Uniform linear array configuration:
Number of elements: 64
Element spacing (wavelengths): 0.25
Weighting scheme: kaiser
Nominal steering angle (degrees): -15
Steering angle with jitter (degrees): -14.25
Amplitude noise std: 0.05
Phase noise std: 0.05

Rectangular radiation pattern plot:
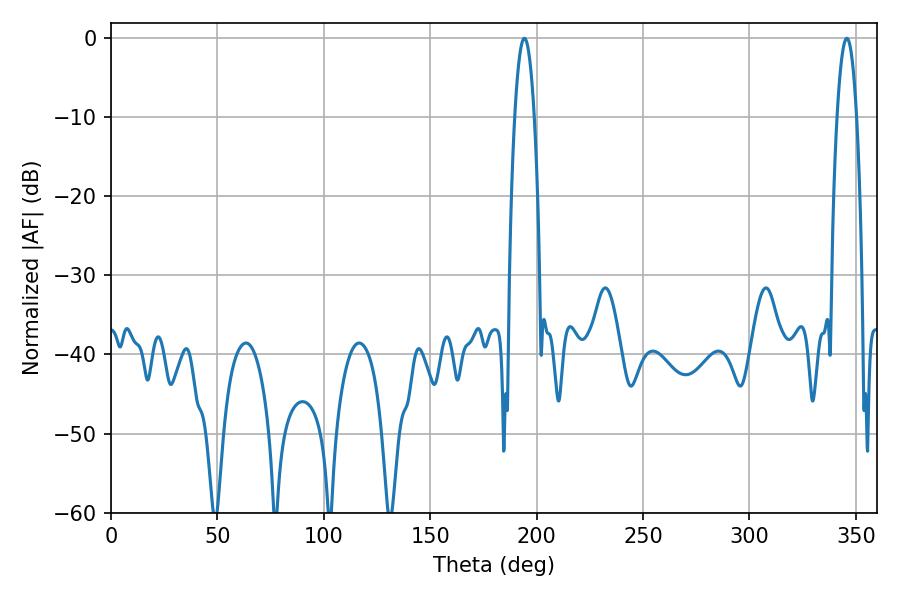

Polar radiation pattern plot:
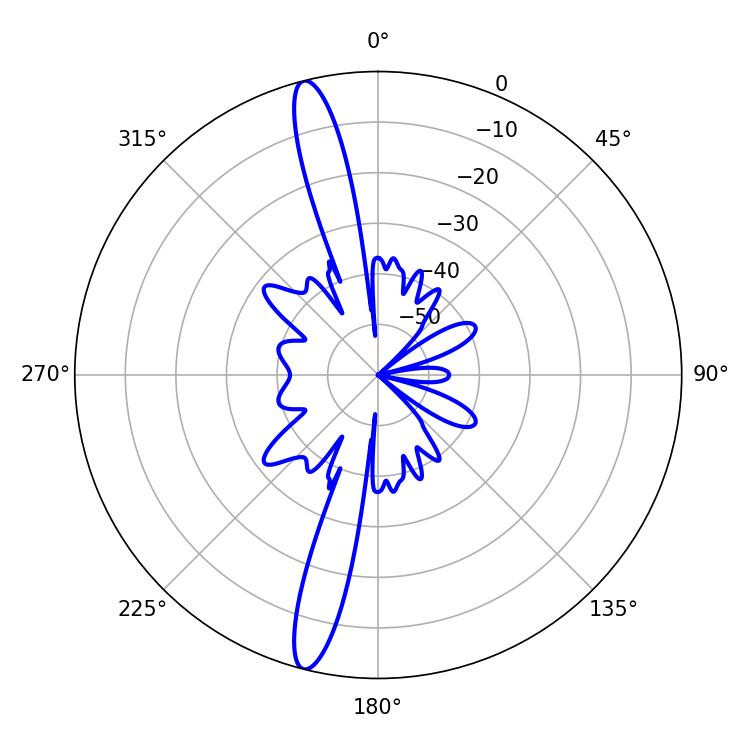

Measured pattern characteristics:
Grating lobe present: FALSE
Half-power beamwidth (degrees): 5.04
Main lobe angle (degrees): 194.22